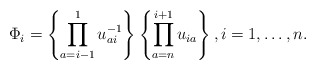
\begin{gather*} \Phi_i= \left\{\prod_{a=i-1}^{1} u_{ai}^{-1} \right\} \left\{\prod_{a=n}^{i+1} u_{ia} \right\}, i=1,\ldots,n. \end{gather*}